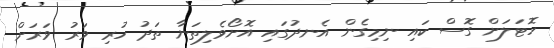
ހޮޓަލަށް ގޮސް ކައި ނިމިގެން އެނދުގައި އޮށޯވެލިތަނާ ތަދު ހުރި ވަރު ވަރަށް